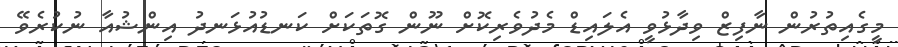
މީގެއިތުރުން ނާފިޒް ވިދާޅުވީ އެލައިޑް މެދުވެރިކޮށް ނޫން ގޮތަކަށް ކަނޑުއުޅަނދު އިންޝުއާ ނުކުރެވޭ